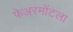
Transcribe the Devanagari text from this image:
फेअरमोंटला